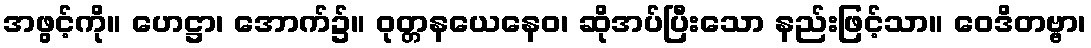
အဖွင့်ကို။ ဟေဋ္ဌာ၊ အောက်၌။ ဝုတ္တနယေနေဝ၊ ဆိုအပ်ပြီးသော နည်းဖြင့်သာ။ ဝေဒိတဗ္ဗာ၊